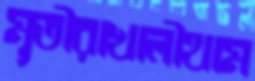
মূতীরাখালীথাম